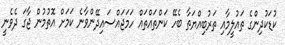
ކުޑަކުދިންގެ ތައުލީމާއި ތަރުބިއްޔަތާ ބެހޭ ކަންތައްތައް ހަމަޖައްސައިދޭންވާނެ ކަމަށް އޮތުމުން ޖާގަ ދެވެނީ